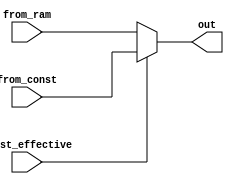
module muxer_1(from_ram, from_const, const_effective, out);
    input [197:0] from_ram, from_const;
    input const_effective;
    output [197:0] out;
    assign out = const_effective ? from_const : from_ram;
endmodule